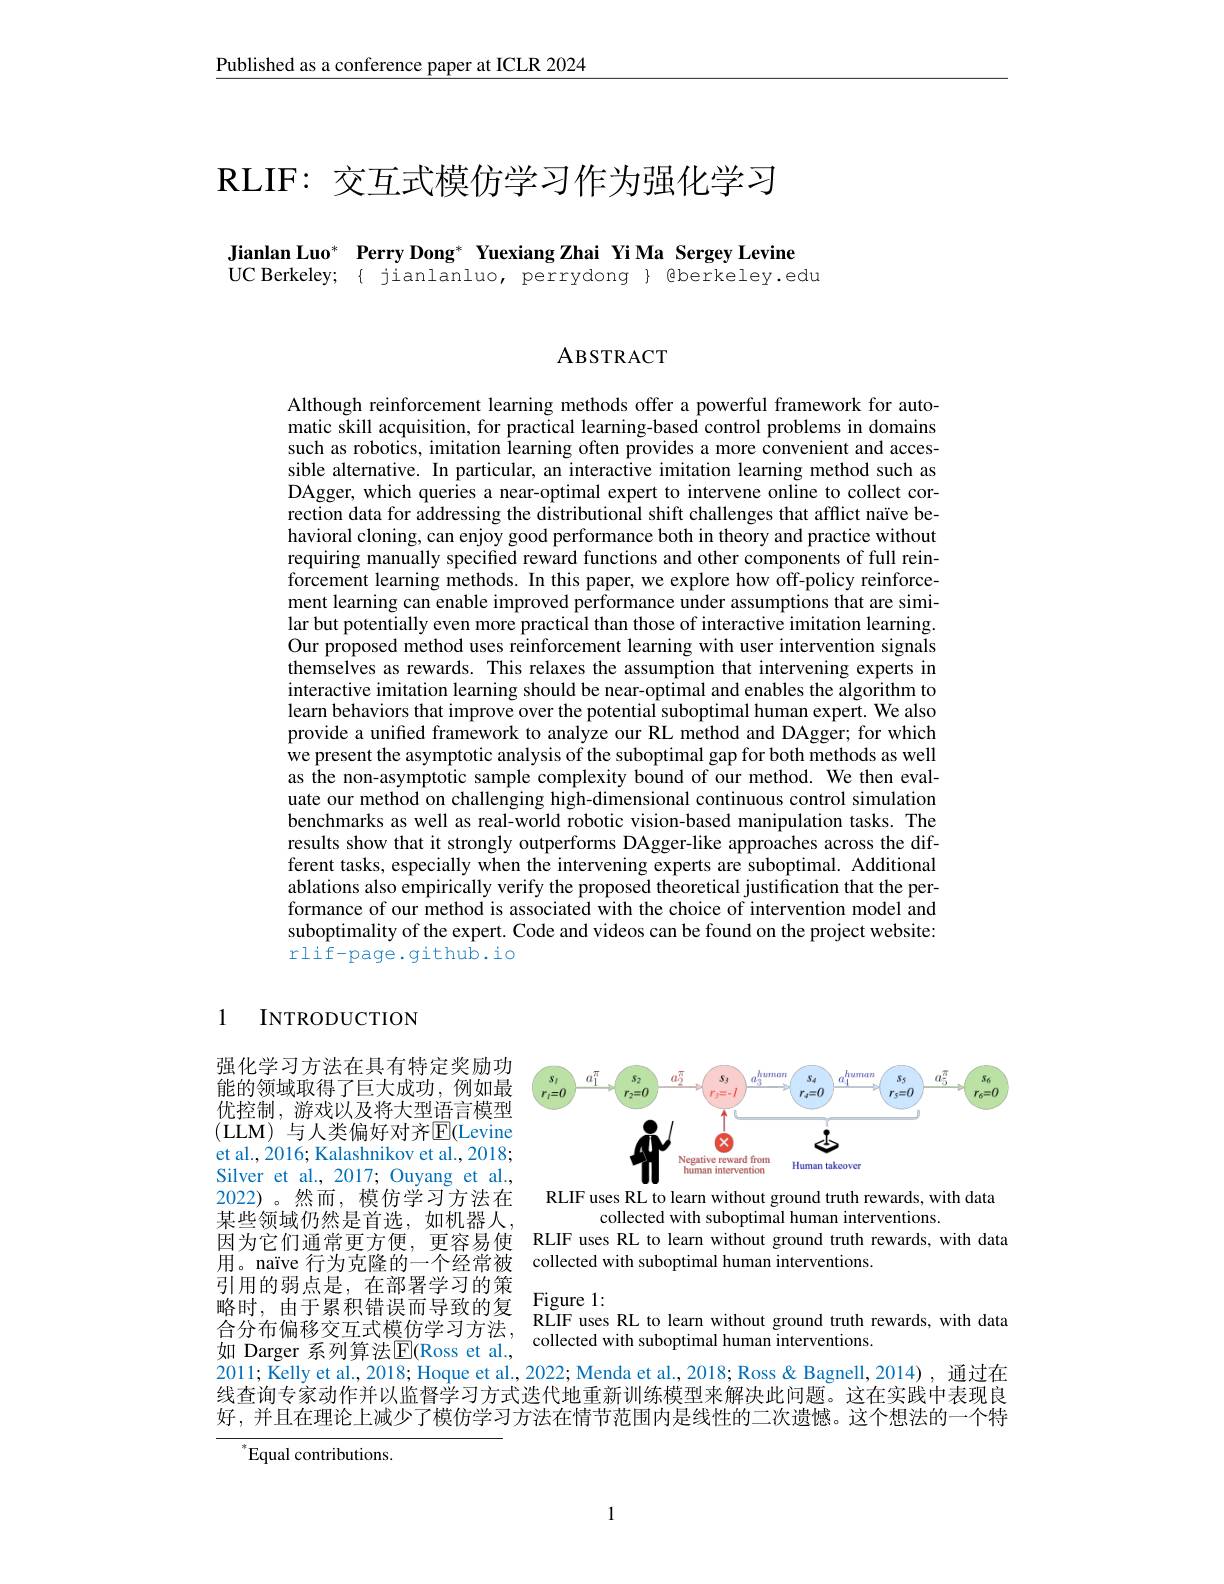
Published as a conference paper at ICLR 2024

# RLIF: 交互式模仿学习作为强化学习

Jianlan Luo* Perry Dong* Yuexiang Zhai Yi Ma Sergey Levine
UC Berkeley; { jianlanluo, perrydong} { @berkeley.edu

ABSTRACT

Although reinforcement learning methods offer a powerful framework for automatic skill acquisition, for practical learning-based control problems in domains such as robotics, imitation learning often provides a more convenient and accessible alternative. In particular, an interactive imitation learning method such as DAgger, which queries a near-optimal expert to intervene online to collect correction data for addressing the distributional shift challenges that afflict naïve behavioral cloning, can enjoy good performance both in theory and practice without requiring manually specified reward functions and other components of full reinforcement learning methods. In this paper, we explore how off-policy reinforcement learning can enable improved performance under assumptions that are similar but potentially even more practical than those of interactive imitation learning. $\hat{\text{Our proposed method uses reinforcement learning with user intervention signals}}$ themselves as rewards. This relaxes the assumption that intervening experts in interactive imitation learning should be near-optimal and enables the algorithm to learn behaviors that improve over the potential suboptimal human expert. We also provide a unified framework to analyze our RL method and DAgger; for which we present the asymptotic analysis of the suboptimal gap for both methods as well as the non-asymptotic sample complexity bound of our method. We then evaluate our method on challenging high-dimensional continuous control simulation benchmarks as well as real-world robotic vision-based manipulation tasks. The results show that it strongly outperforms DAgger-like approaches across the different tasks, especially when the intervening experts are suboptimal. Additional ablations also empirically verify the proposed theoretical justification that the performance of our method is associated with the choice of intervention model and suboptimality of the expert. Code and videos can be found on the project website: rlif-page.github.io

1 INTRODUCTION

<FigureHere>

强化学习方法在具有特定奖励功能的领域取得了巨大成功，例如最优控制，游戏以及将大型语言模型(LLM)与人类偏好对齐$\mathbb{E}($Levine et al., 2016; Kalashnikov et al., 2018; Silver et al., 2017; Ouyang et al., 2022)。然而，模仿学习方法在某些领域仍然是首选，如机器人因为它们通常更方便，更容易使用。naïve 行为克隆的一个经常被 collected with suboptimal human interventions.
引用的弱点是，在部署学习的策略时，由于累积错误而导致的复$\begin{array}{lll}\text{合分布偏移交互式模仿学习方法，}&\text{RLIF uses RL to learn without ground truth}\\\text{如 Darger 系列算法E(Ross et al.,}&\text{collected with suboptimal human interventions}\end{array}$
2011; Kelly et al., 2018; Hoque et al., 2022; Menda et al., 2018; Ross & Bagnell, 2014), 通过在

RLIF uses RL to learn without ground truth rewards, with data
collected with suboptimal human interventions.
RLIF uses RL to learn without ground truth rewards, with data

Figure 1:
RLIF uses RL to learn without ground truth rewards, with data

线查询专家动作并以监督学习方式迭代地重新训练模型来解决此问题。这在实践中表现良好，并且在理论上减少了模仿学习方法在情节范围内是线性的二次遗憾。这个想法的一个特

$^*{\mathrm{Equal~contributions.}}$